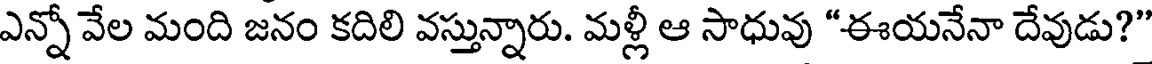
ఎన్నో వేల మంది జనం కదిలి వస్తున్నారు. మళ్లీ ఆ సాధువు "ఈయనేనా దేవుడు?"